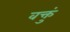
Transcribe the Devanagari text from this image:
वक्तुं